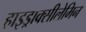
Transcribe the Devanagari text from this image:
हाइड्राक्सीलेमिन